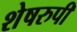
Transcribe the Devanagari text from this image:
शेषरुपी